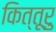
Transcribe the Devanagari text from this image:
कित्तूरु